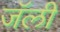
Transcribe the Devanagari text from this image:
जॅली